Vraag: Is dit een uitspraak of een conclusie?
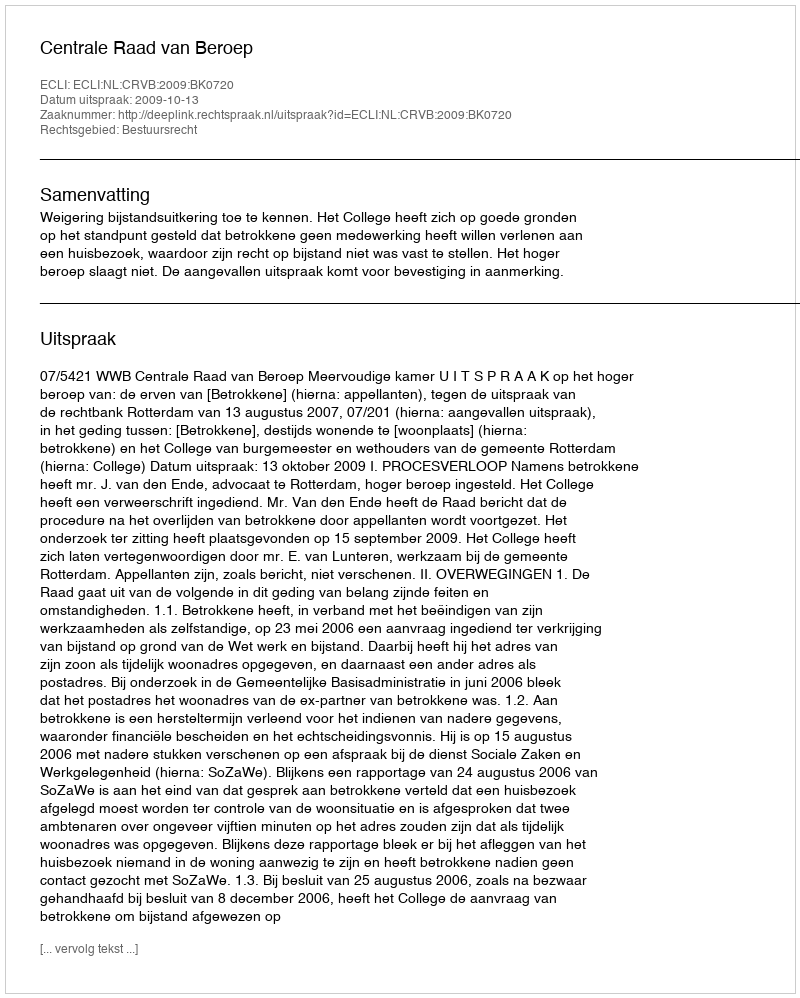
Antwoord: Uitspraak